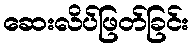
ဆေးလိပ်ဖြတ်ခြင်း